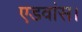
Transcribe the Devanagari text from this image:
एडवांस।